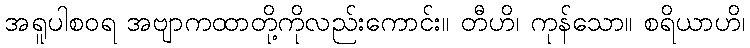
အရူပါစဝရ အဗျာကထာတို့ကိုလည်းကောင်း။ တီဟိ၊ ကုန်သော။ စရိယာဟိ၊